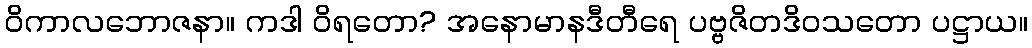
ဝိကာလဘောဇနာ။ ကဒါ ဝိရတော? အနောမာနဒီတီရေ ပဗ္ဗဇိတဒိဝသတော ပဋ္ဌာယ။